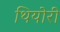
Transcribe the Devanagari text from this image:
थियोरी